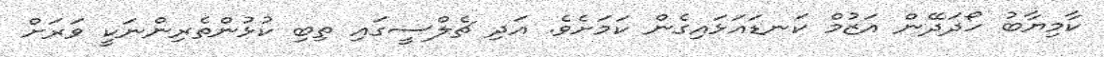
ކާމިޔާބު ހޯދަދޭން އަޒުމް ކަނޑައަޅައިގެން ކަަމަށެވެ. އަދި ޗެލްސީގައި ތިބި ކުޅުންތެރިންނަކީ ވަރަށް